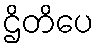
ဌိတိပေ